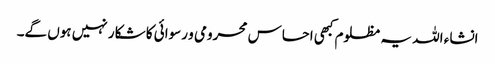
انشاء اللہ یہ مظلوم کبھی احساس محرومی و رسوائی کا شکار نہیں ہوں گے۔